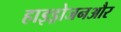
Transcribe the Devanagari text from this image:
हाइड्रोजनऔर